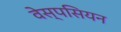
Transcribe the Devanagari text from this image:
वेस्पसियन